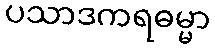
ပသာဒကရဓမ္မာ